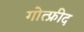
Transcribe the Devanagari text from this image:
गोत्फ्रीद